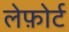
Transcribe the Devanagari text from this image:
लेफ़ोर्ट